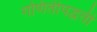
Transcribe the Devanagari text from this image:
गणितीपद्धती